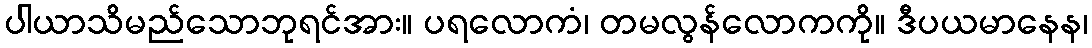
ပါယာသိမည်သောဘုရင်အား။ ပရလောကံ၊ တမလွန်လောကကို။ ဒီပယမာနေန၊